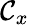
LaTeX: \mathcal{C}_{x}